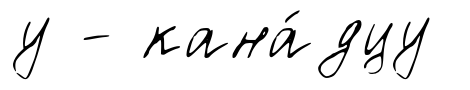
у - кана́дцу